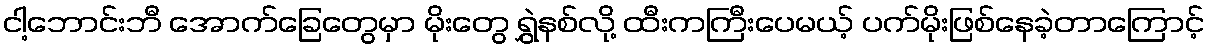
ငါ့ဘောင်းဘီ အောက်ခြေတွေမှာ မိုးတွေ ရွှဲနစ်လို့ ထီးကကြီးပေမယ့် ပက်မိုးဖြစ်နေခဲ့တာကြောင့်